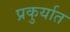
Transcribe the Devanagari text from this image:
प्रकुर्यात